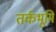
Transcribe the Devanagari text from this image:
तर्कभूमि